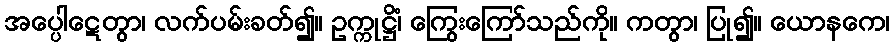
အပ္ပေါဋေတွာ၊ လက်ပမ်းခတ်၍။ ဥက္ကုဋ္ဌိံ၊ ကြွေးကြော်သည်ကို။ ကတွာ၊ ပြု၍။ ယောနကေ၊